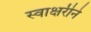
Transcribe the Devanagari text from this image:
स्वाक्षरीने